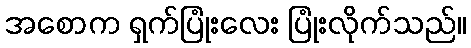
အစောက ရှက်ပြုံးလေး ပြုံးလိုက်သည်။